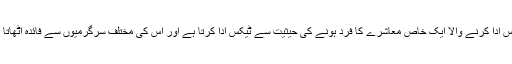
ٹیکس ادا کرنے والا ایک خاص معاشرے کا فرد ہونے کی حیثیت سے ٹیکس ادا کرتا ہے اور اس کی مختلف سرگرمیوں سے فائدہ اُٹھاتا ہے۔